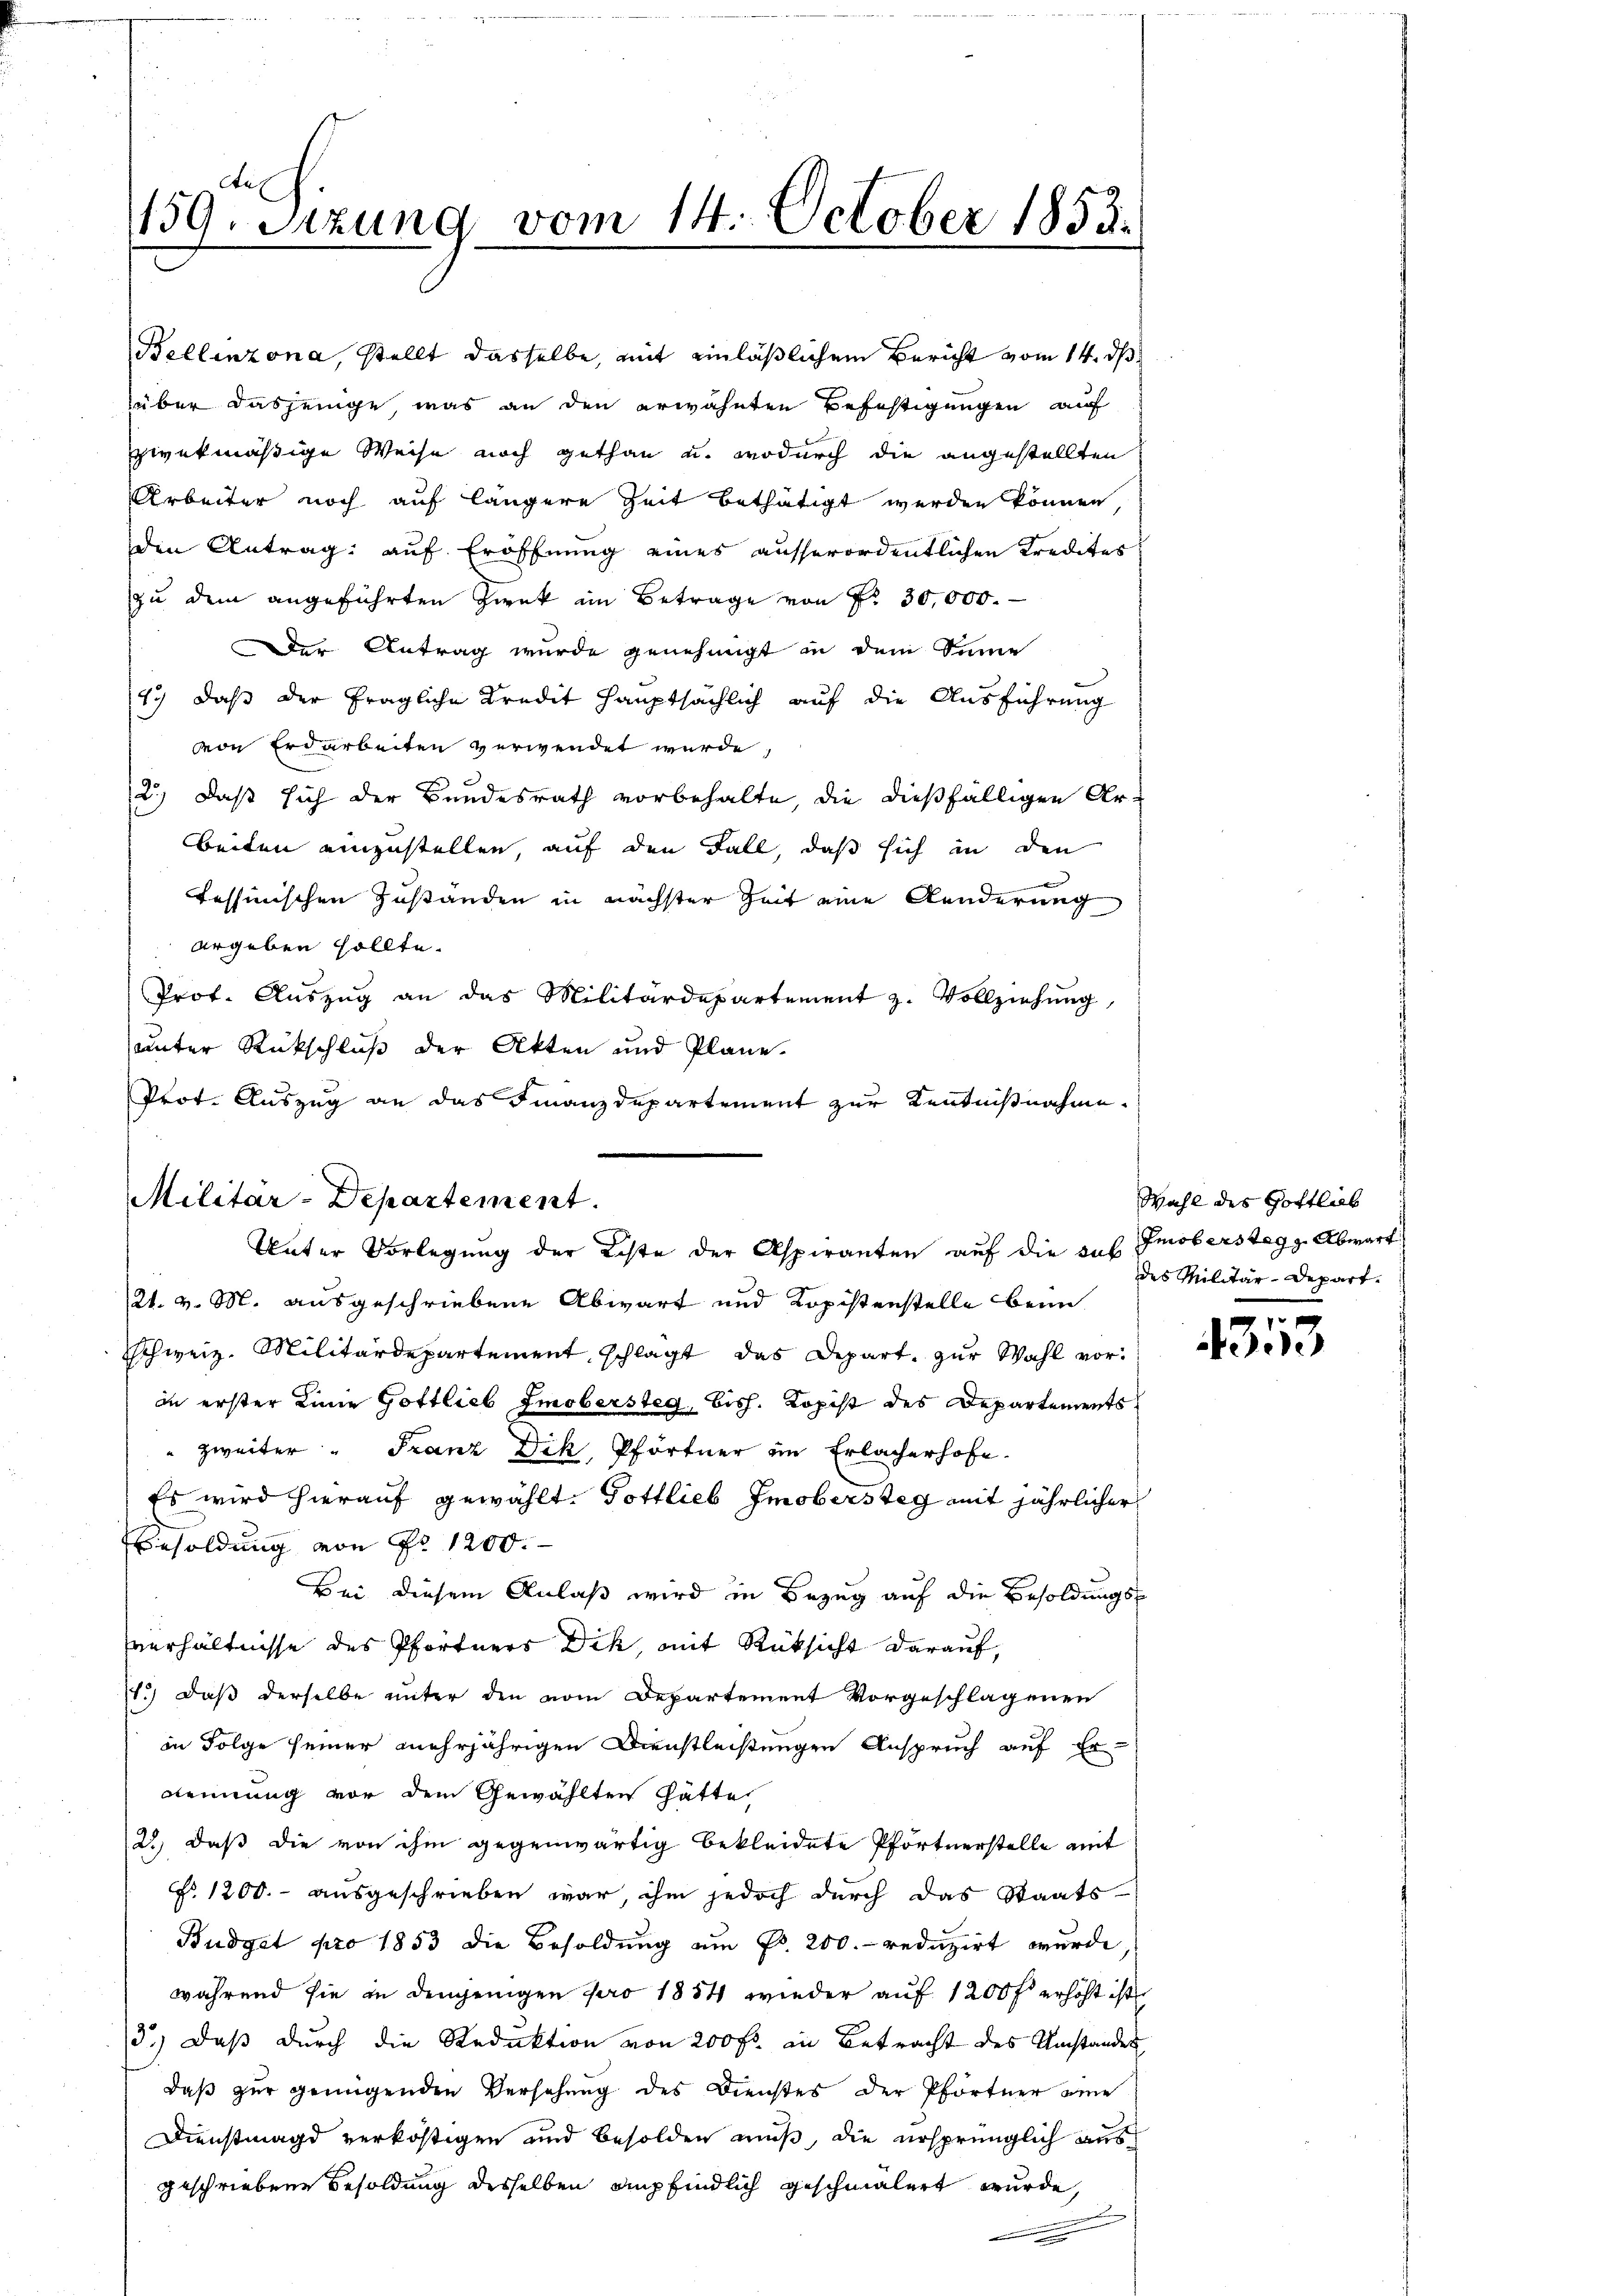
159. Sizung vom 14. October 1853.

Bellinzona, stellt dasselbe, mit einläßlichem Bericht vom 14. ds.
über dasjenige, was an den erwähnten Befestigungen auf
zwekmäßige Weise noch gethan u. wodurch die angestellten
Arbeiter noch auf längere Zeit bethätigt werden können
den Antrag auf Eröffnung eines ausserordentlichen Kredites
zu dem angeführten Zwek im Betrage von Nr. 30,000.
Der Antrag wurde genehmigt in dem Sinne
17) daß der fragliche Kredit hauptsächlich auf die Ausführung
von Erdarbeiten verwendet wurde,
2.) Daß sich der Bundesrath vorbehalte die dießfälligen Arbeiten einzustellen, auf den Fall, daß sich in den
tessinischen Zustanden in nächster Zeit eine Aenderung
ergeben sollte.
Prof. Auszug an das Militärdepartement z. Vollziehung,
unter Rückschluß der Akten und Pläne.
Prot. Auszug an das Finanzdepartement zur Kenntnißnahme.

Militar-Departement.
Unter Vorlegung der Liste der Aspiranten auf die sub

21. v. M. ausgeschriebene Abwart und Kopistenstelle beim
Schweiz. Militärdepartement, schlägt das Depart, zur Wahl vorin erster Linie Gottlieb Emobersteg, Bisch. Kopist des Departements
" zweiter " Franz Dik, Pförtner im Erlacherhofe
Es wird hierauf gewählt. Gottlieb Imobersteg mit jährlicher
Besoldung von No 1200.
Bei diesem Anlaß wird in Bezug auf die Besoldungs
verhältnisse des Pfortners Dik, mit Rüksicht darauf,
1.) Daß derselbe unter den vom Departement vorgeschlagenen
in Folge seiner mehrjährigen Dienstleistungen Anspruch auf Er
kennung vor dem Gewählten hätte
28, daß die von ihm gegenwärtig bekleidete Pförtnerstelle amt
No. 1200.- ausgeschrieben war, ihm jedoch durch das Staats¬
Budget pro 1853 die Besoldung am Pr. 200. reduzirt wurde
während sie in demjenigen pro 1884 wieder auf 1200 f erhöht ist
3.) Daß durch die Redaktion von 200 fr. in Betracht des Umstandes,
daß zur genügenden Versehung des Dienstes der Pförtner eine
Dienstmagd verköstigen und besolden muß, die ursprünglich aus
geschriebene Besoldung desselben empfindlich geschmälert wurde
2
.

Wahl des Gottlieb
Imobersteg Abwart
des Militär-Depart.

43113